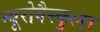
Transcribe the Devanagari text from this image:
न्यूरोवैस्कुलर